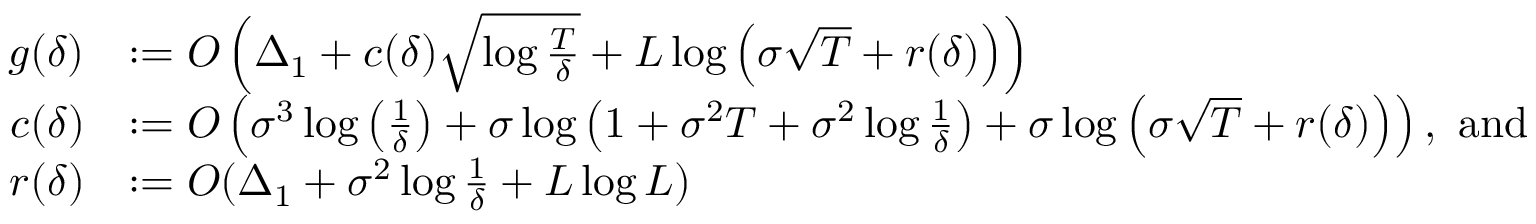
\begin{array} { r l } { g ( \delta ) } & { : = O \left( \Delta _ { 1 } + c ( \delta ) \sqrt { \log \frac { T } { \delta } } + L \log \left( \sigma \sqrt { T } + r ( \delta ) \right) \right) } \\ { c ( \delta ) } & { : = O \left( \sigma ^ { 3 } \log \left( \frac { 1 } { \delta } \right) + \sigma \log \left( 1 + \sigma ^ { 2 } T + \sigma ^ { 2 } \log \frac { 1 } { \delta } \right) + \sigma \log \left( \sigma \sqrt { T } + r ( \delta ) \right) \right) , \mathrm { ~ a n d ~ } } \\ { r ( \delta ) } & { : = O ( \Delta _ { 1 } + \sigma ^ { 2 } \log \frac { 1 } { \delta } + L \log L ) } \end{array}